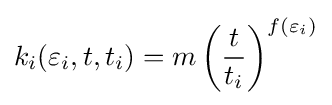
k_{i}(\varepsilon _{i},t,t_{i})=m\left({\frac {t}{t_{i}}}\right)^{f(\varepsilon _{i})}